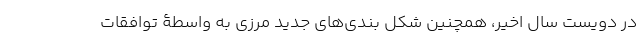
در دویست سال اخیر، همچنین شکل بندی‌های جدید مرزی به واسطۀ توافقات